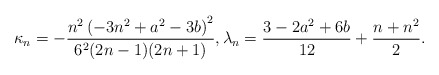
\begin{align*}\kappa_n=-\frac{n^2\left(-3 n^2 + a^2 - 3 b\right)^2}{6^2 (2 n -1)(2 n + 1)},\lambda_n=\frac{3 - 2 a^2 + 6 b}{12} + \frac{ n + n^2}{2}.\end{align*}